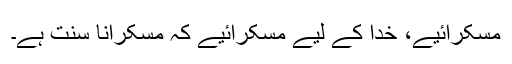
مسکرائیے، خدا کے لیے مسکرائیے کہ مسکرانا سنت ہے۔